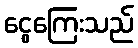
ငွေကြေးသည်